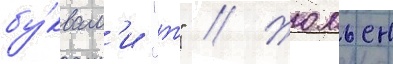
бу́квам'и "т" // Жюльен